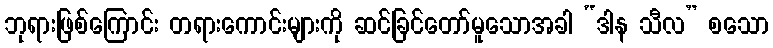
ဘုရားဖြစ်ကြောင်း တရားကောင်းများကို ဆင်ခြင်တော်မူသောအခါ “ဒါန သီလ” စသော